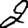
Digit: 2